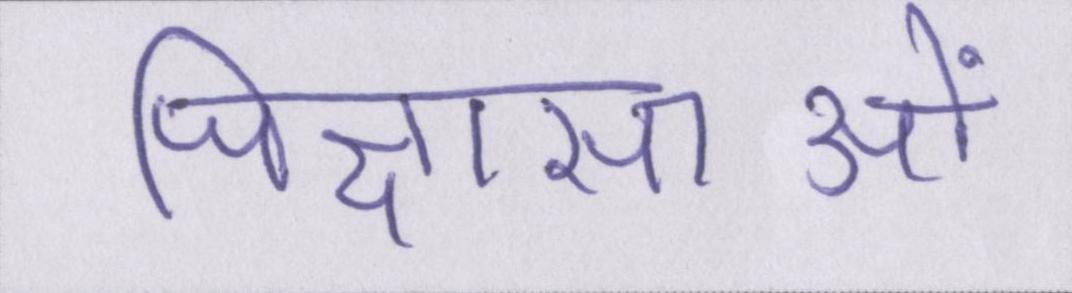
जिज्ञासाओं